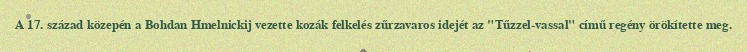
A 17. század közepén a Bohdan Hmelnickij vezette kozák felkelés zűrzavaros idejét az "Tűzzel-vassal" című regény örökítette meg.